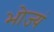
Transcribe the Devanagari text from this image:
भोज्यं